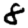
Digit: 8